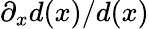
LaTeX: \partial_{x}d(x)/d(x)